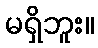
မရှိဘူး။